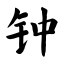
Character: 钟